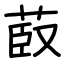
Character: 菣